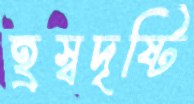
হ্রস্বদৃষ্টি